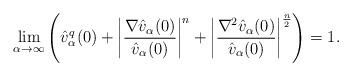
LaTeX: \begin{align*}\lim_{\alpha\to\infty} \left( \hat{v}^q_\alpha(0)+\left\vert\frac{\nabla \hat{v}_\alpha (0)}{\hat{v}_\alpha(0)}\right\vert^n+\left\vert\frac{\nabla^2\hat{v}_\alpha(0)}{\hat{v}_\alpha(0)}\right\vert^\frac{n}{2}\right)= 1.\end{align*}